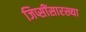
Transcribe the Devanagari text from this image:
जिप्सींसारख्या